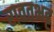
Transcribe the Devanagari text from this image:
रावतभट्ट